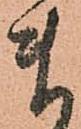
ま